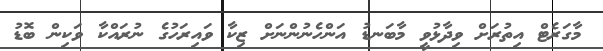
މާގަރެޓް އިތުރަށް ވިދާޅުވީ މާބަނޑު އަންހެނުންނަށް ޒިކާ ވައިރަހުގެ ނުރައްކާ ވަކިން ބޮޑު